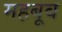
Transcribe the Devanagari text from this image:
महबूब